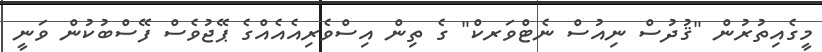
މީގެއިތުރުން "ޤުދުސް ނިއުސް ނެޓްވަރކް" ގެ ތިން އިސްވެރިއެއެއްގެ ޕޭޖުވެސް ފޭސްބުކުން ވަނީ